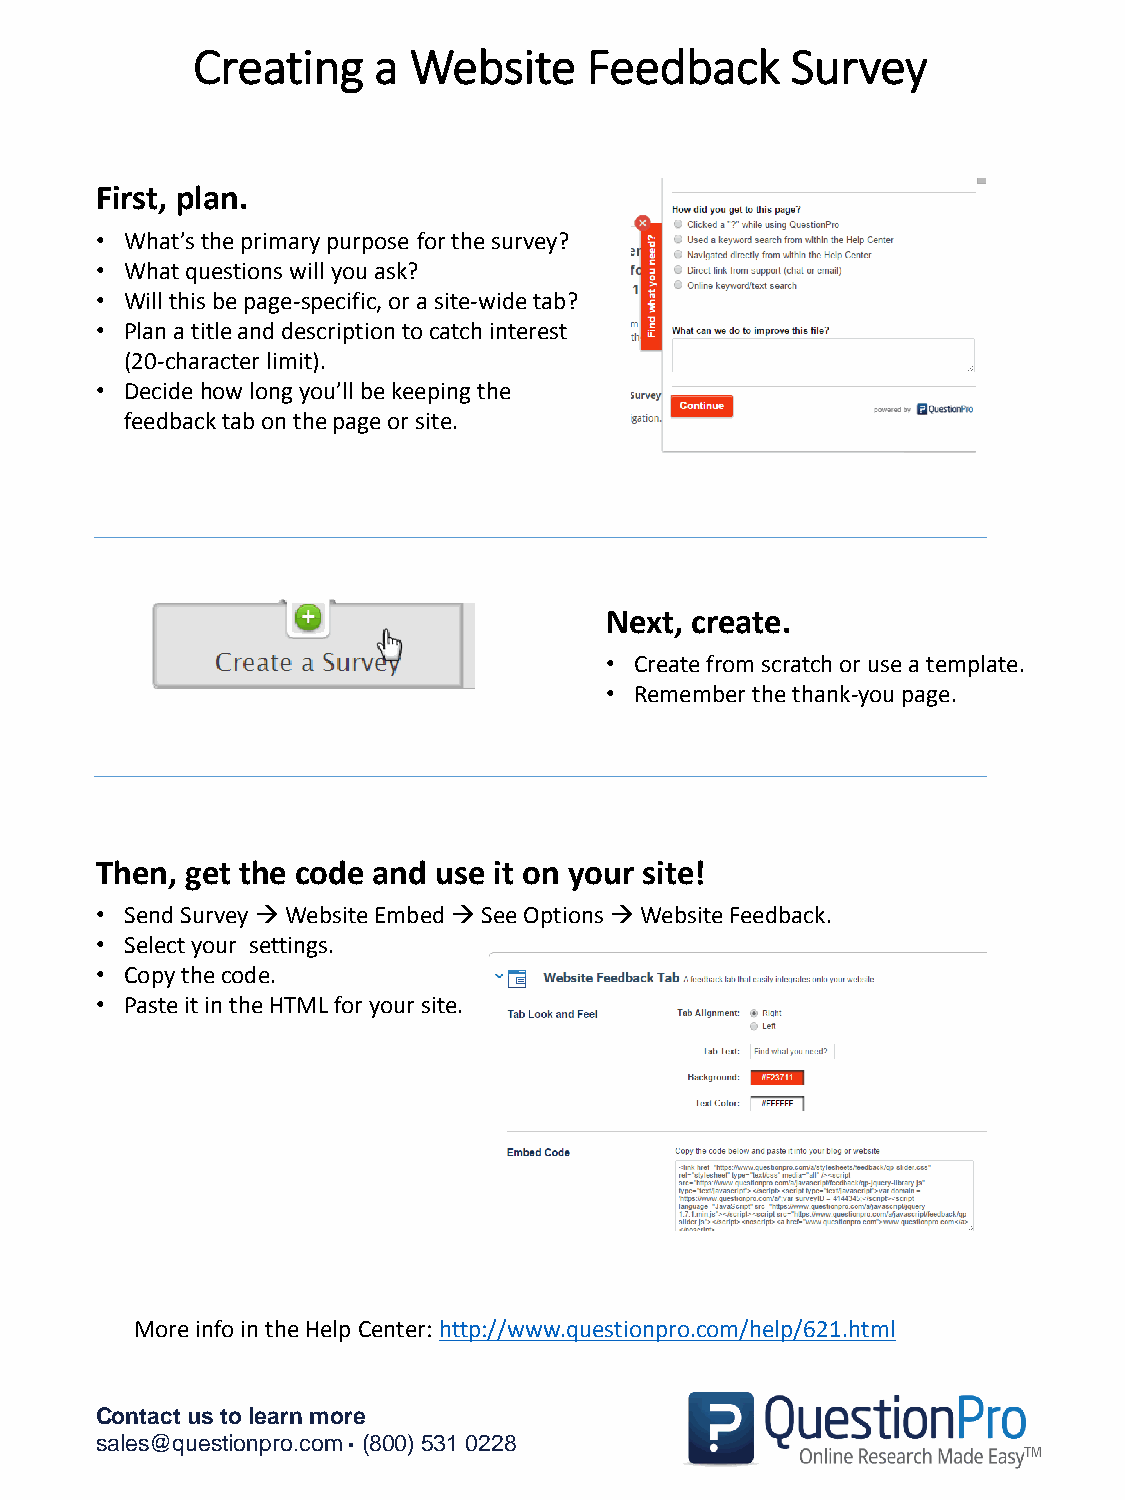
Creating    a Website     Feedback     Survey
 First, plan.
 • What’s the primary purpose for the survey?
 • What questions will you ask?
 • Will this be page-specific, or a site-wide tab?
 • Plan a title and description to catch interest
 (20-character limit).
 • Decide how long you’ll be keeping the
 feedback tab on the page or site.
 Next, create.
 • Create from scratch or use a template.
 • Remember the thank-you page.
 Then, get the code and use it on your site!
 • Send Survey Website Embed See Options Website Feedback.
 • Select your settings.
 • Copy the code.
 • Paste it in the HTML for your site.
 More info in the Help Center: http://www.questionpro.com/help/621.html
 Contact us to learn more
 sales@questionpro.com · (800) 531 0228